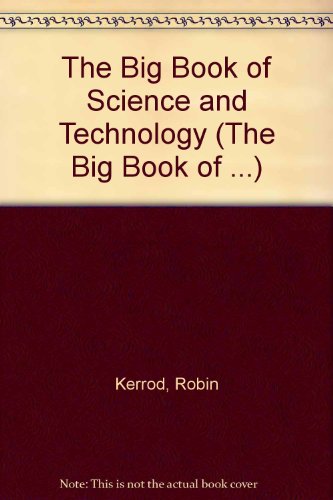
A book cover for The Big Book of Science and Technology (The Big Book of ...); Robin Kerrod; Children's Books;